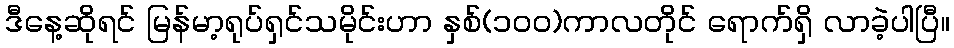
ဒီနေ့ဆိုရင် မြန်မာ့ရုပ်ရှင်သမိုင်းဟာ နှစ်(၁၀၀)ကာလတိုင် ရောက်ရှိ လာခဲ့ပါပြီ။